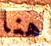
هنا